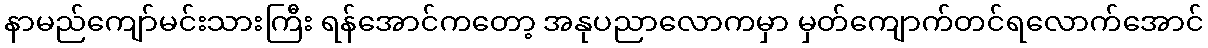
နာမည်ကျော်မင်းသားကြီး ရန်အောင်ကတော့ အနုပညာလောကမှာ မှတ်ကျောက်တင်ရလောက်အောင်